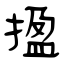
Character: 㨕